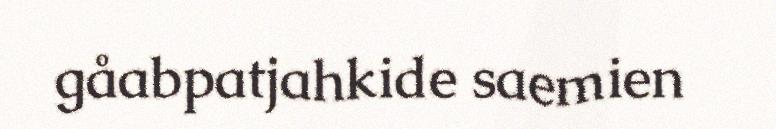
gåabpatjahkide saemien